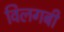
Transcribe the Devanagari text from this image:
विलगबी